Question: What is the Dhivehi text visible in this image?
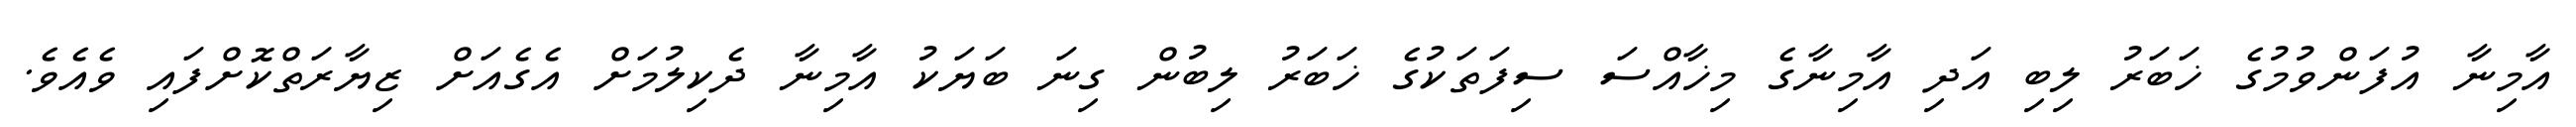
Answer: އާމިނާ އުފަންވުމުގެ ޚަބަރު ލިބި އަދި އާމިނާގެ މިޚާއްސަ ސިފަތަކުގެ ޚަބަރު ލިބުން ގިނަ ބަޔަކު އާމިނާ ދެކިލުމަށް އެގެއަށް ޒިޔާރަތްކޮށްފައި ވެއެވެ.